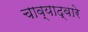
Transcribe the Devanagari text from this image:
चाव्याद्वारे